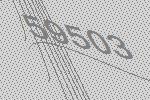
59503